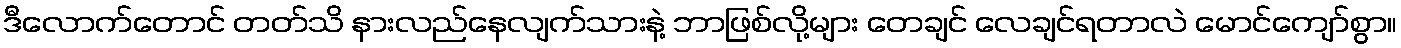
ဒီလောက်တောင် တတ်သိ နားလည်နေလျက်သားနဲ့ ဘာဖြစ်လို့များ တေချင် လေချင်ရတာလဲ မောင်ကျော်စွာ။